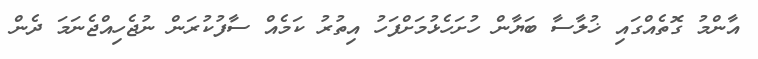
އާންމު ގޮތެއްގައި ޚުލާސާ ބަޔާން ހުށަހެޅުމަށްފަހު އިތުރު ކަމެއް ސާފުކުރަން ނުޖެހިއްޖެނަމަ ދެން